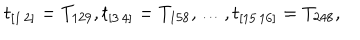
t _ { [ 1 \, 2 ] } = T _ { 1 2 9 } , t _ { [ 3 \, 4 ] } = T _ { 1 5 8 } , \ldots , t _ { [ 1 5 \, 1 6 ] } = T _ { 2 4 8 } ,